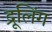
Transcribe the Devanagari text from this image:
द्रूलिंग